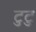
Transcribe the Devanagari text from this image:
टुटु